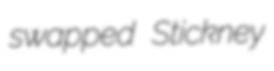
swapped Stickney